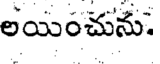
లయించును.